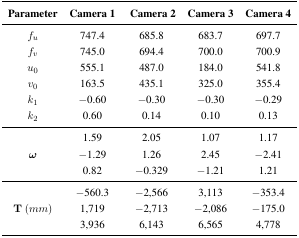
<table><thead><tr><td><b>Parameter</b></td><td><b>Camera 1</b></td><td><b>Camera 2</b></td><td colspan="2"><b>Camera 3 Camera 4</b></td></tr></thead><tbody><tr><td><i>f<sub>u</sub></i></td><td>747.4</td><td>685.8</td><td>683.7</td><td>697.7</td></tr><tr><td><i>f<sub>v</sub></i></td><td>745.0</td><td>694.4</td><td>700.0</td><td>700.9</td></tr><tr><td><i>u</i><sub>0</sub></td><td>555.1</td><td>487.0</td><td>184.0</td><td>541.8</td></tr><tr><td><i>v</i><sub>0</sub></td><td>163.5</td><td>435.1</td><td>325.0</td><td>355.4</td></tr><tr><td><i>k</i><sub>1</sub></td><td>−0.60</td><td>−0.30</td><td>−0.30</td><td>−0.29</td></tr><tr><td><i>k</i><sub>2</sub></td><td>0.60</td><td>0.14</td><td>0.10</td><td>0.13</td></tr><tr><td rowspan="3">ω</td><td>1.59</td><td>2.05</td><td>1.07</td><td>1.17</td></tr><tr><td>−1.29</td><td>1.26</td><td>2.45</td><td>− 2.41</td></tr><tr><td>0.82</td><td>−0.329</td><td>−1.21</td><td>1.21</td></tr><tr><td rowspan="3">T (<i>mm</i>)</td><td>−560.3</td><td>−2,566</td><td>3,113</td><td>−353.4</td></tr><tr><td>1,719</td><td>−2,713</td><td>−2,086</td><td>−175.0</td></tr><tr><td>3,936</td><td>6,143</td><td>6,565</td><td>4,778</td></tr></tbody></table>